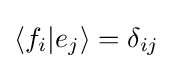
\langle f_{i}|e_{j}\rangle =\delta _{ij}